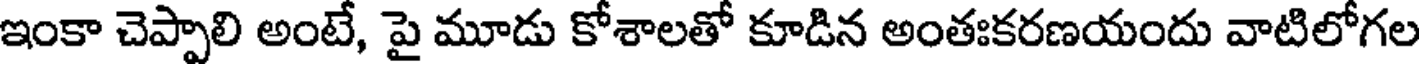
ఇంకా చెప్పాలి అంటే, పై మూడు కోశాలతో కూడిన అంతఃకరణయందు వాటిలోగల